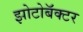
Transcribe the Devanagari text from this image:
झोटोबॅक्टर